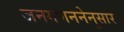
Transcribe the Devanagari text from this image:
जनगणननेनुसार